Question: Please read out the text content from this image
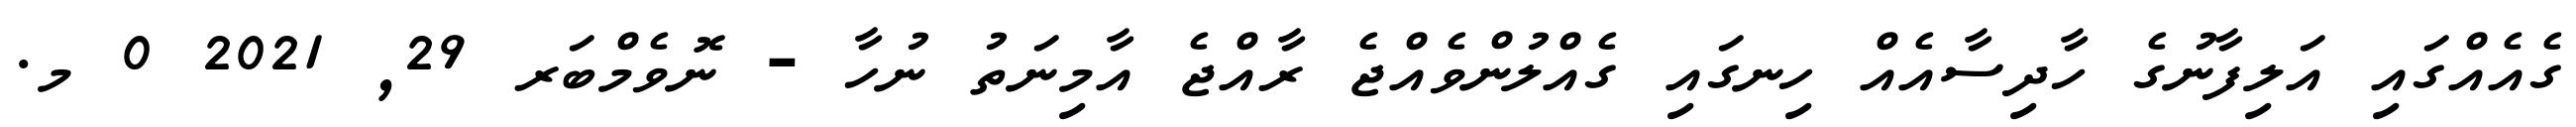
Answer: ގެއެއްގައި އަލިފާނުގެ ހާދިސާއެއް ހިނގައި ގެއްލުންވެއްޖެ ރާއްޖެ އާމިނަތު ނުހާ - ނޮވެމްބަރ 29, 2021 0 މ.